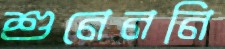
শুনেননি